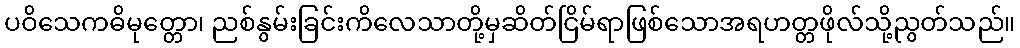
ပဝိသေကဓိမုတ္တော၊ ညစ်နွမ်းခြင်းကိလေသာတို့မှဆိတ်ငြိမ်ရာဖြစ်သောအရဟတ္တဖိုလ်သို့ညွတ်သည်။